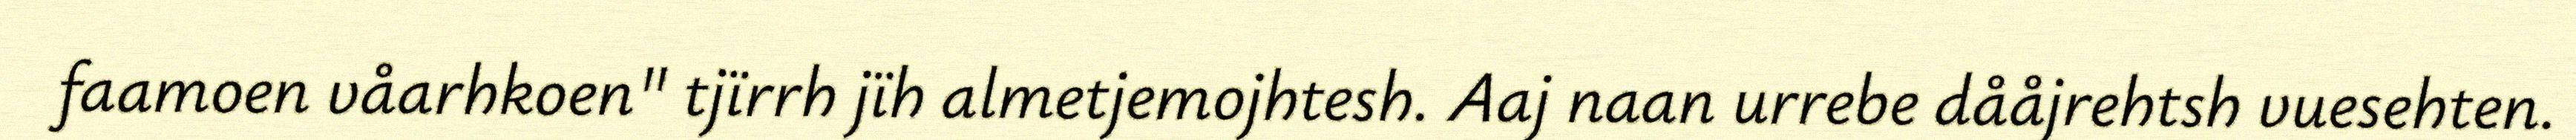
faamoen våarhkoen" tjïrrh jïh almetjemojhtesh. Aaj naan urrebe dååjrehtsh vuesehten.